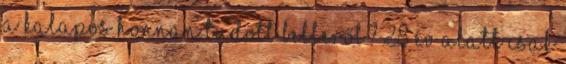
a Kalapos honnan tudott Belleről? 28 év alatt csak